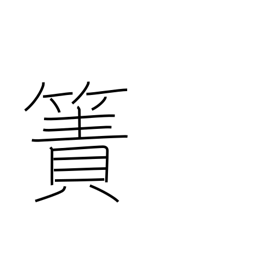
Meaning: rough mat (reeds)